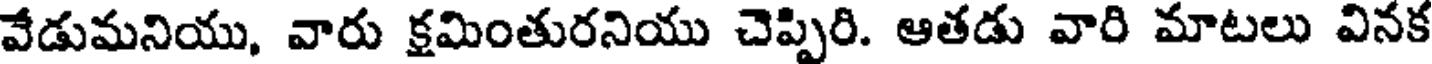
వేడుమనియు, వారు క్రమింతురనియు చెప్పిరి. ఆతడు వారి మాటలు వినక